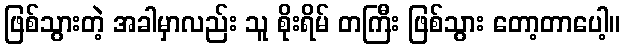
ဖြစ်သွားတဲ့ အခါမှာလည်း သူ စိုးရိမ် တကြီး ဖြစ်သွား တော့တာပေါ့။